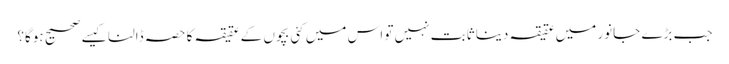
جب بڑے جانور میں عقیقہ دینا ثابت نہیں تو اس میں کئی بچوں کے عقیقہ کا حصہ ڈالنا کیسے صحیح ہوگا؟